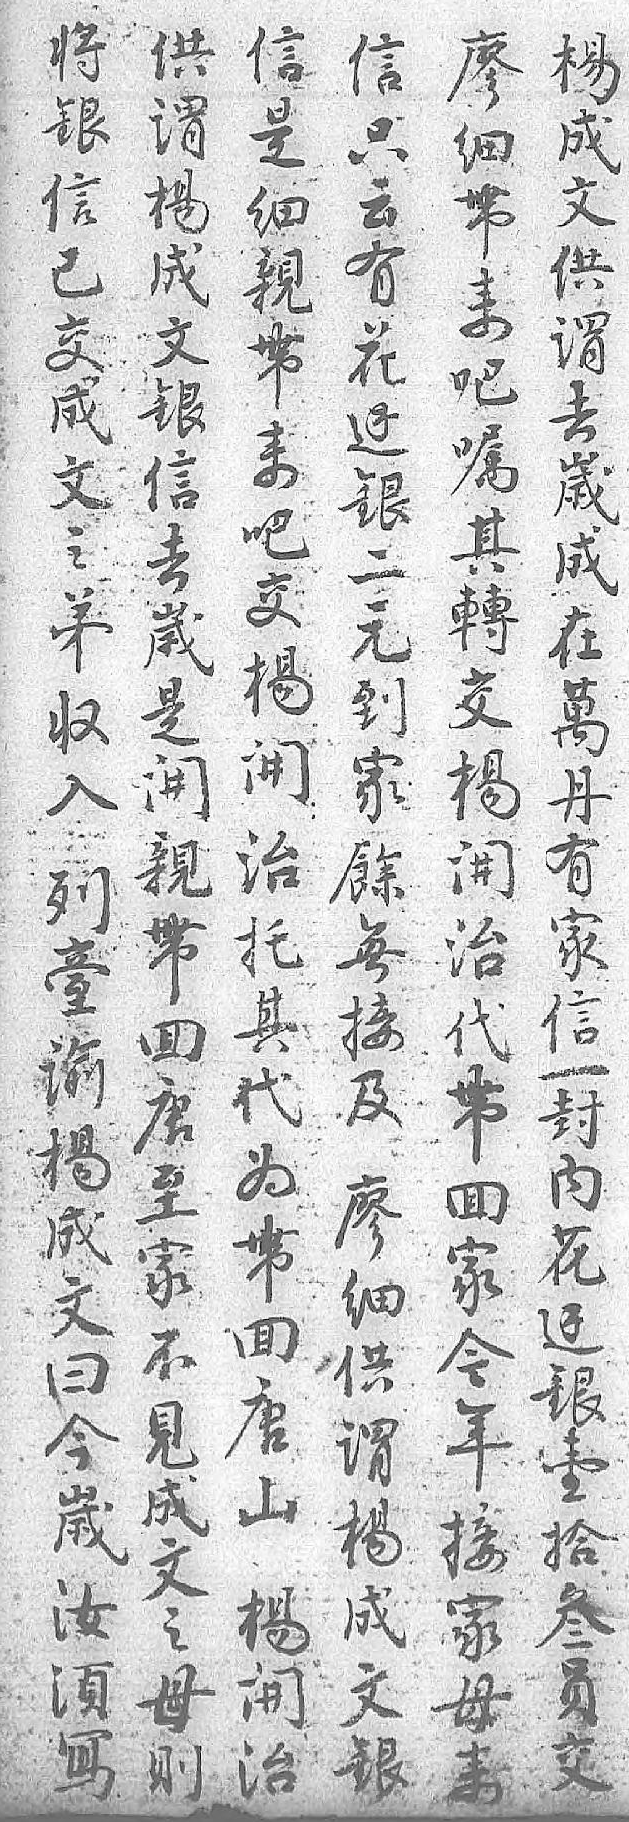
将信信供楊廖銀是只谓成细信细云楊文帶已親有成供来交帶花文谓吧成来邊銀去嘱文吧銀信嵗其之交二去成轉弟楊元嵗在交收開到是萬楊入治家開丹開列托餘親有治𦤼其無帶家代谕代接囬信帶楊为及唐一囬成帶廖至封家文回细家内今曰唐供不花年今山谓見邊接嵗楊楊成銀家汝開成文壹母須治文之拾来寫 銀母叁    则员     交